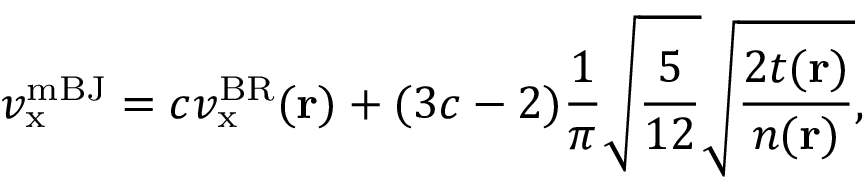
v _ { \mathrm { x } } ^ { \mathrm { m B J } } = c v _ { \mathrm { x } } ^ { \mathrm { B R } } ( \mathbf { r } ) + ( 3 c - 2 ) \frac { 1 } { \pi } \sqrt { \frac { 5 } { 1 2 } } \sqrt { \frac { 2 t ( \mathbf { r } ) } { n ( \mathbf { r } ) } } ,